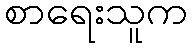
စာရေးသူက